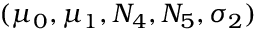
( \mu _ { 0 } , \mu _ { 1 } , N _ { 4 } , N _ { 5 } , \sigma _ { 2 } )